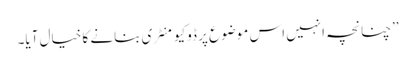
’’چنانچہ انہیں اس موضوع پر ڈوکیومنٹری بنانے کا خیال آیا۔